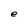
Character: e